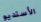
الأستديو